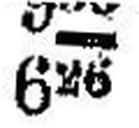
626